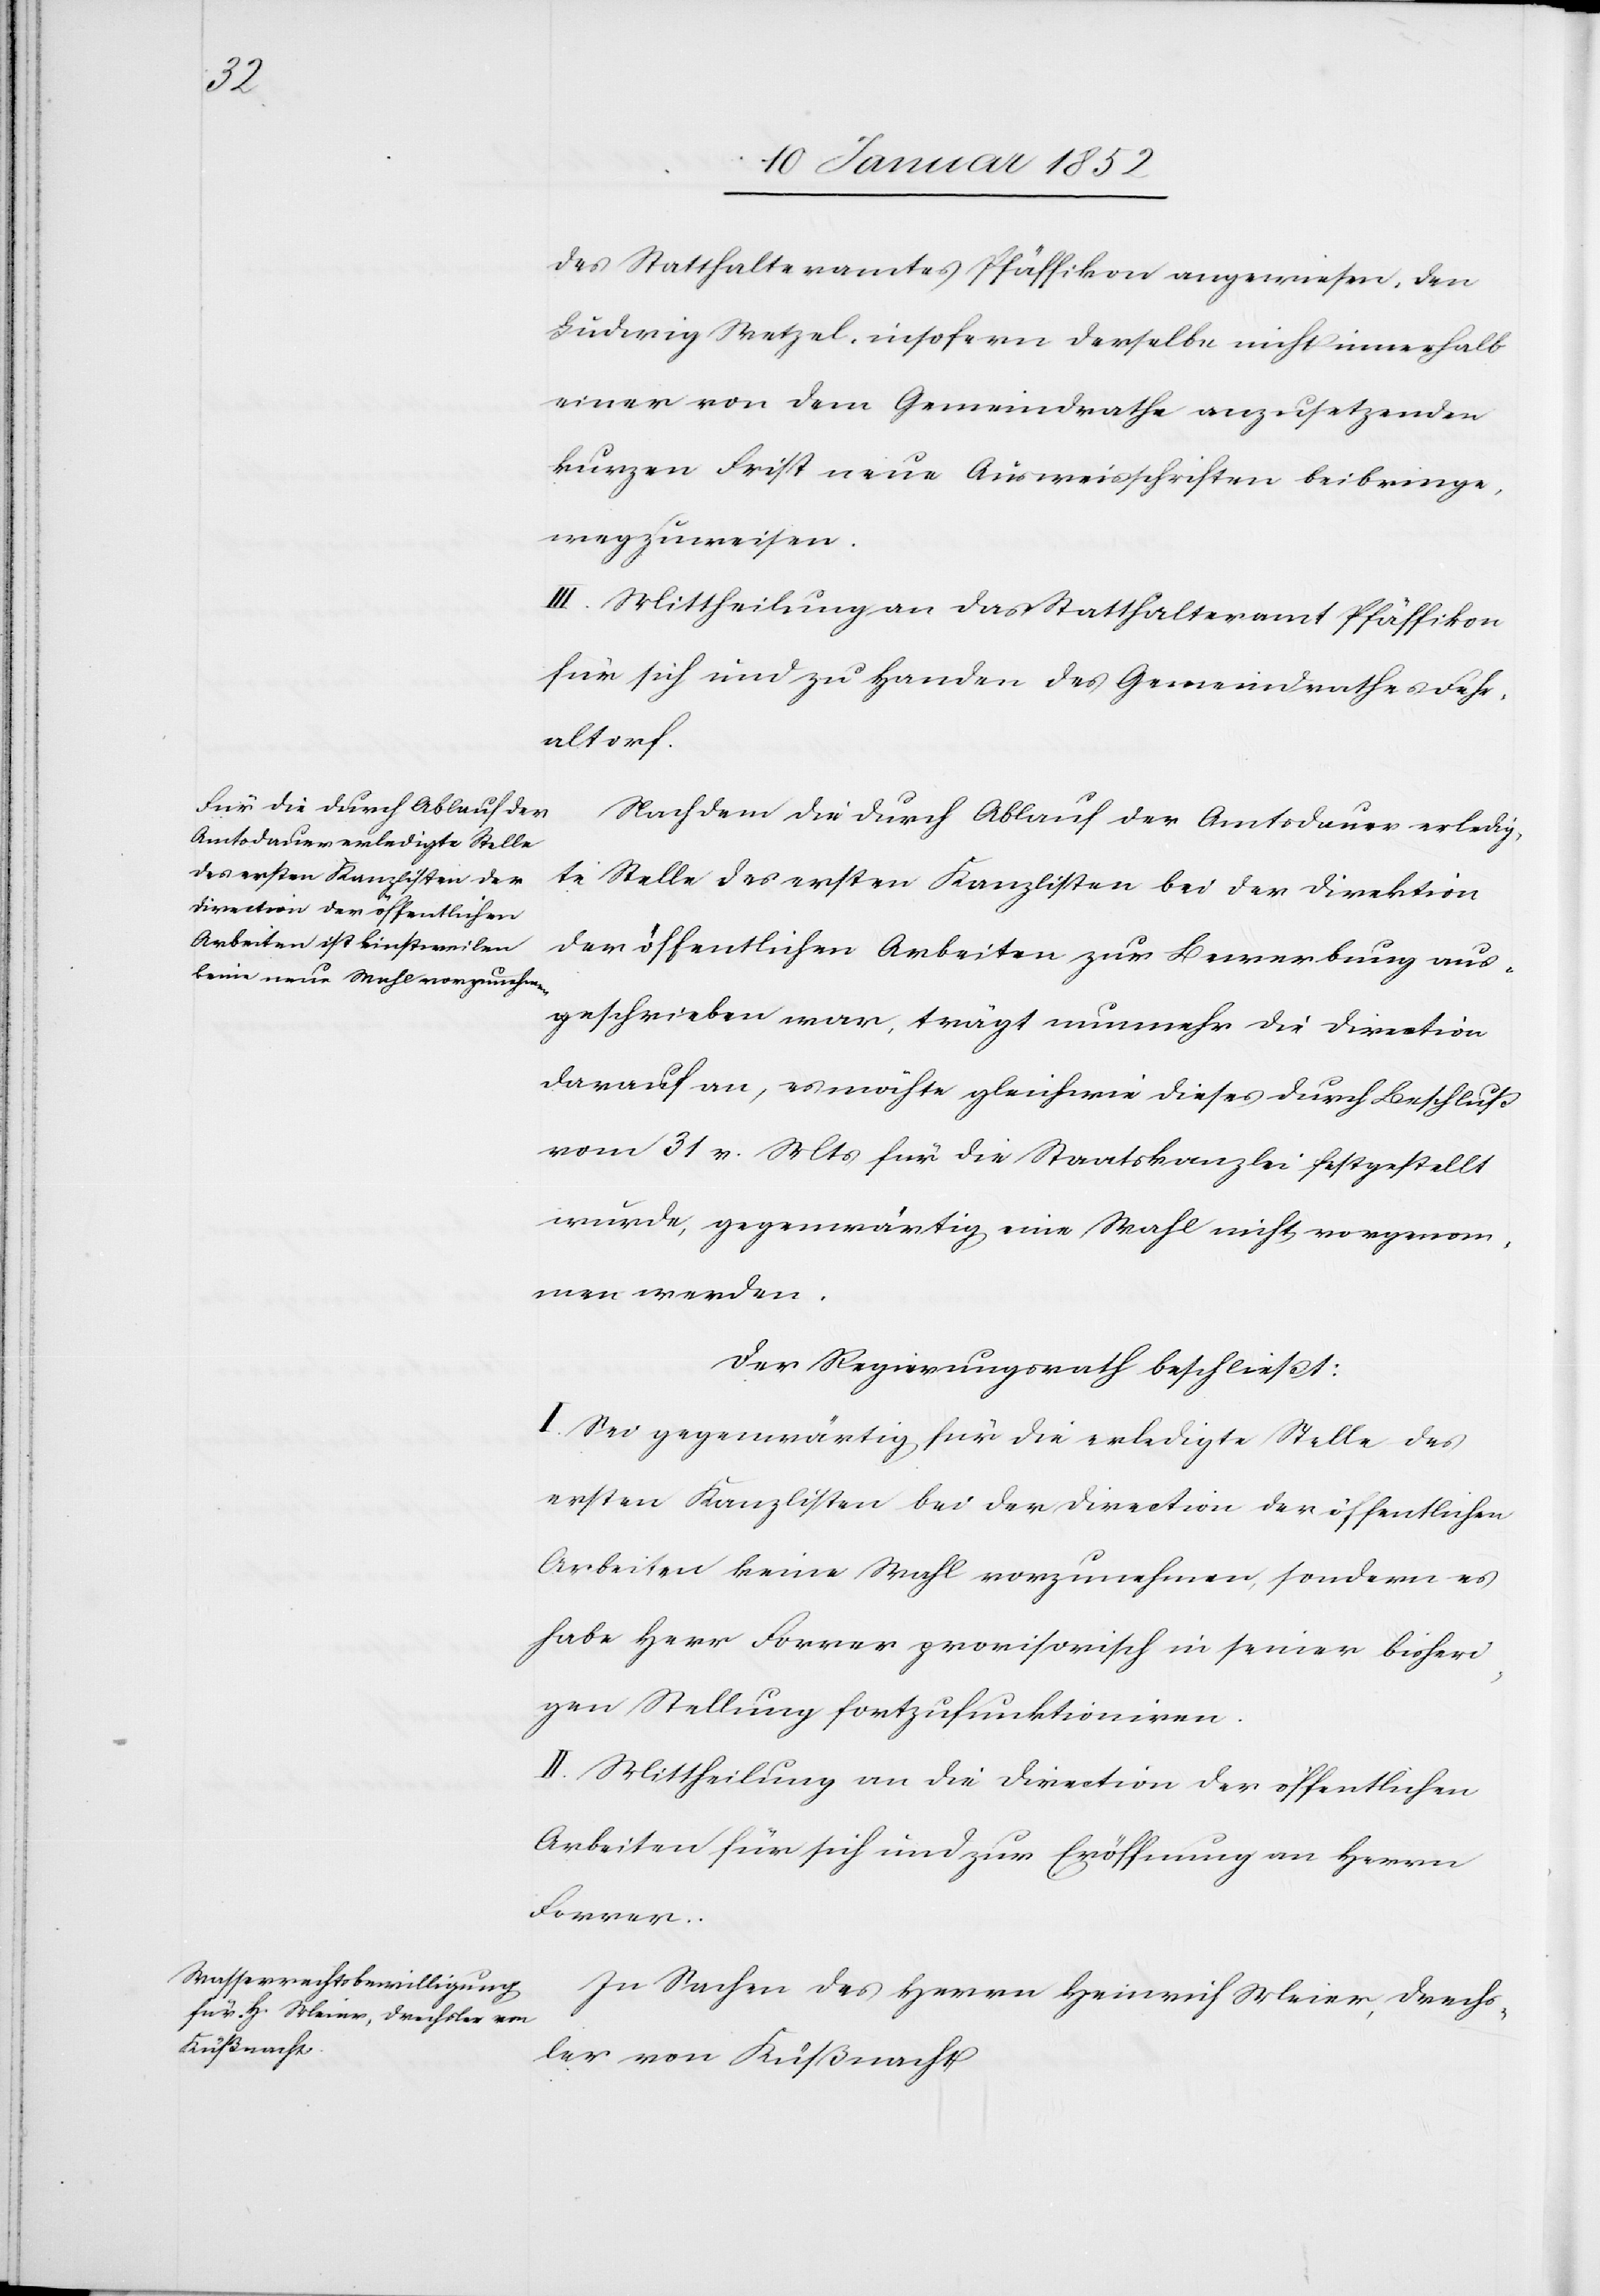
des Statthalteramtes Pfäffikon angewiesen, den
Ludwig Wetzel insofern derselbe nicht innerhalb
einer von dem Gemeindrathe anzusetzenden
kurzen Frist neue Ausweisschriften beibringe,
wegzuweisen.
III. Mittheilung an das Statthalteramt Pfäffikon
für sich und zu Handen des Gemeindrathe Fehr¬
altorf.
Nachdem die durch Ablauf der Amtsdauer erledig¬
te Stelle des ersten Kanzlisten bei der Direktion
der öffentlichen Arbeiten zur Bewerbung aus¬
geschrieben war, trägt nunmehr die Direction
darauf an, es möchte gleichwie dieses durch Beschluß
vom 31 v. Mts für die Staatskanzlei festgestellt
wurde, gegenwärtig eine Wahl nicht vorgenom¬
men werden.
der Regierungsrath beschließt:
I. Sei gegenwärtig für die erledigte Stelle des
ersten Kanzlisten bei der Direction der öffentlichen
Arbeiten keine Wahl vorzunehmen, sondern es
habe Herr Forrer provisorisch in seiner bisheri¬
gen Stellung fortzufunktionieren.
II. Mittheilung an die Direction der öffentlichen
Arbeiten für sich und zur Eröffnung an Herrn
Forrer.
In Sachen des Herrn Heinrich Meier, Drechs¬
ler von Küßnacht